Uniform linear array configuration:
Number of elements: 4
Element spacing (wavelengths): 0.5
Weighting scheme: binomial
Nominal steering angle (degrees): -45
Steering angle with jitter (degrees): -44.81
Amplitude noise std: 0.05
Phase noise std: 0.05

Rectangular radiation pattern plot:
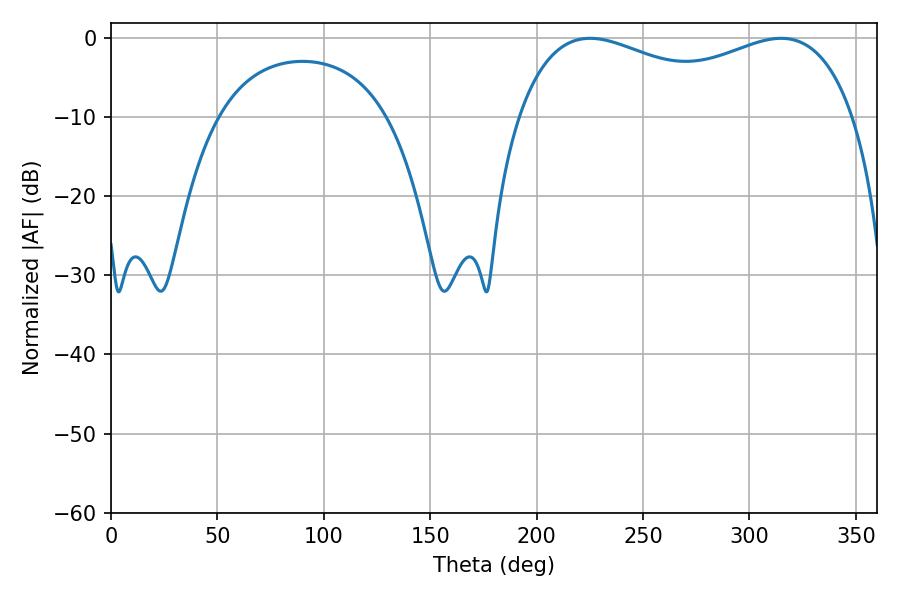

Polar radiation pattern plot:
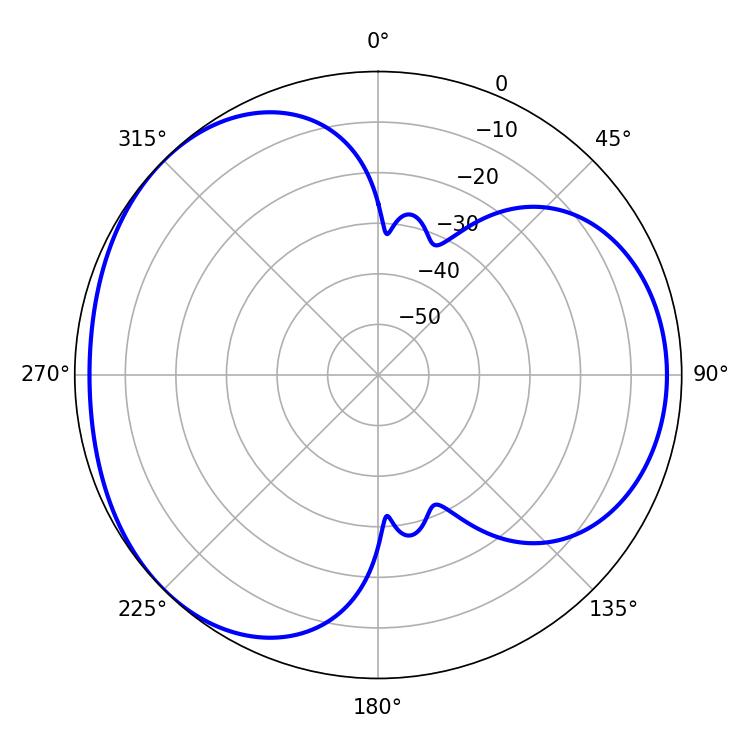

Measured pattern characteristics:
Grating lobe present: FALSE
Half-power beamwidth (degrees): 130.68
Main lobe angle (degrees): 225.18